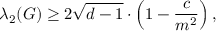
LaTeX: \lambda _ { 2 } ( G ) \geq 2 { \sqrt { d - 1 } } \cdot \left( 1 - { \frac { c } { m ^ { 2 } } } \right) ,